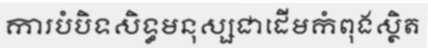
ការបំបិទសិទ្ធមនុស្សជាដើមកំពុងស្ថិត